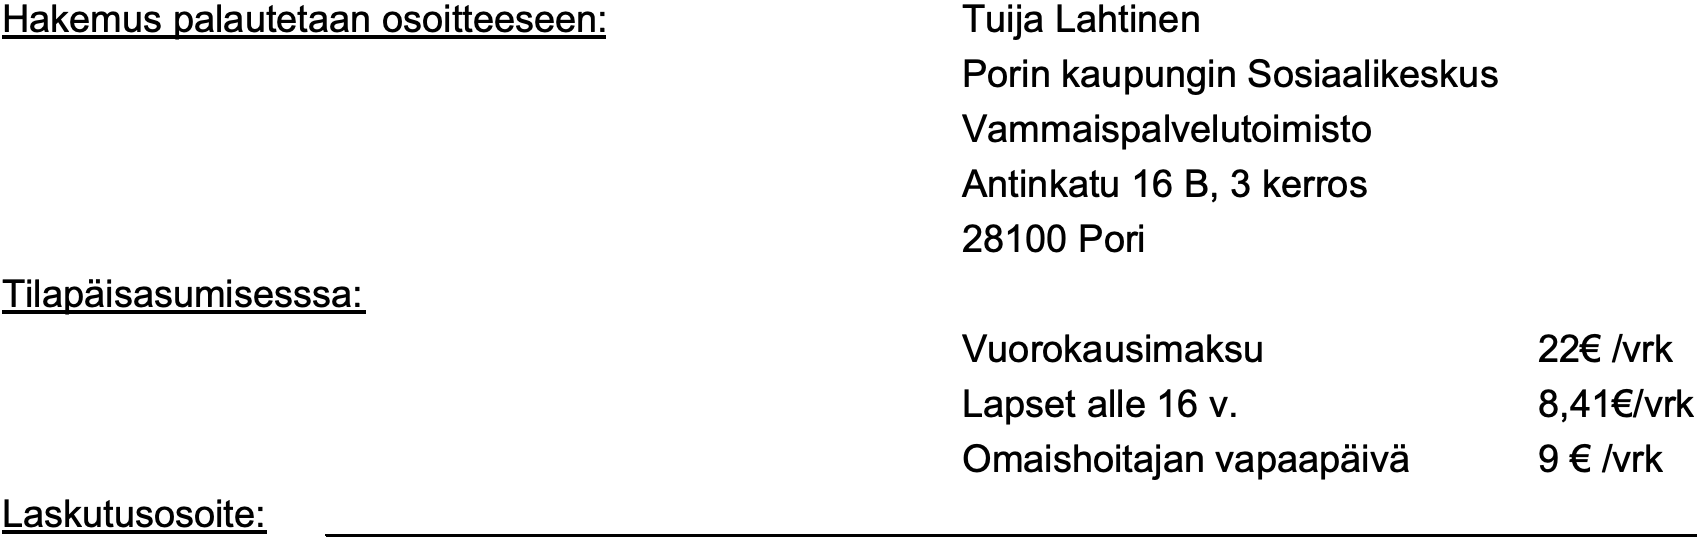
Hakemus palautetaan osoitteeseen: Tuija Lahtinen Porin kaupungin Sosiaalikeskus Vammaispalvelutoimisto Antinkatu 16 B, 3 kerros 28100 Pori Tilapäisasumisesssa: Vuorokausimaksu    22€ /vrk Lapset alle 16 v.  8,41€/vrk Omaishoitajan vapaapäivä 9 € /vrk Laskutusosoite: